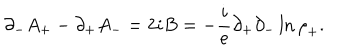
LaTeX: { \partial } _ { - } A _ { + } - { \partial } _ { + } A _ { - } = 2 i B = - { \frac { i } { e } } { \partial } _ { + } { \partial } _ { - } \ln { { \rho } _ { + } } .